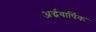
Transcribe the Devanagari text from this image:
अर्द्धवार्षिक